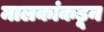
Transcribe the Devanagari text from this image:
मालकांकडून